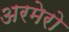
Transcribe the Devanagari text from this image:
अरमेरो